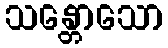
သန္တောသော